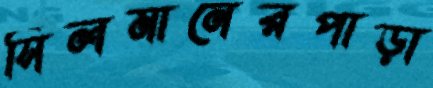
সিলমানেরপাড়া